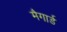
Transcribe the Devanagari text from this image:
मैगार्ड